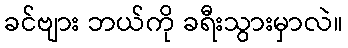
ခင်ဗျား ဘယ်ကို ခရီးသွားမှာလဲ။